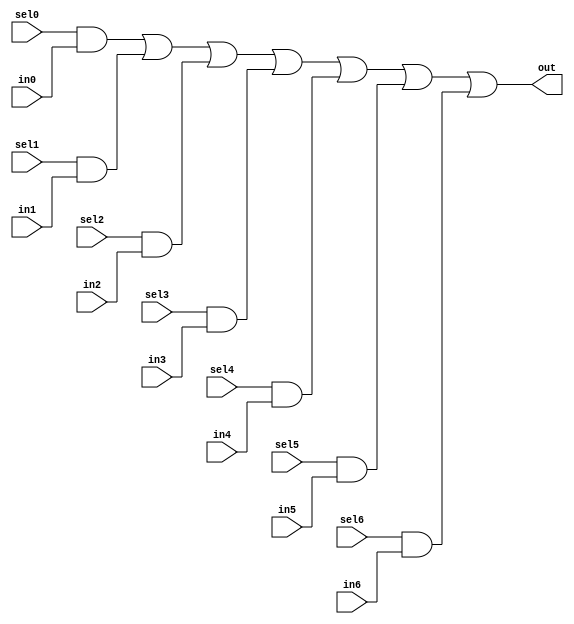
//#############################################################################
//# Function: 7-Input one-hot vectorized mux                                  #
//# Copyright: Lambda Project Authors. All rights Reserved.                   #
//# License:  MIT (see LICENSE file in Lambda repository)                     #
//#############################################################################

module la_vmux7 #(
    parameter N    = 1,         // width of mux
    parameter PROP = "DEFAULT"  // cell property
) (
    input          sel6,
    input          sel5,
    input          sel4,
    input          sel3,
    input          sel2,
    input          sel1,
    input          sel0,
    input  [N-1:0] in6,
    input  [N-1:0] in5,
    input  [N-1:0] in4,
    input  [N-1:0] in3,
    input  [N-1:0] in2,
    input  [N-1:0] in1,
    input  [N-1:0] in0,
    output [N-1:0] out    //selected data output
);

    assign out[N-1:0] = ({(N){sel0}} & in0[N-1:0] |
            {(N){sel1}} & in1[N-1:0] |
            {(N){sel2}} & in2[N-1:0] |
            {(N){sel3}} & in3[N-1:0] |
            {(N){sel4}} & in4[N-1:0] |
            {(N){sel5}} & in5[N-1:0] |
            {(N){sel6}} & in6[N-1:0]);

endmodule